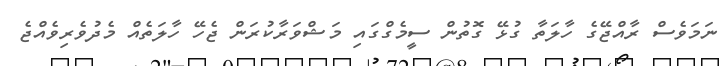
ނަމަވެސް ރާއްޖޭގެ ހާލަތާ ގުޅޭ ގޮތުން ސީމެގްގައި މަޝްވަރާކުރަން ޖެހޭ ހާލަތެއް މެދުވެރިވެއްޖެ